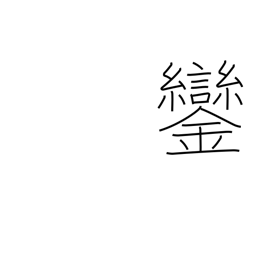
Meaning: bells on emperor's carriage